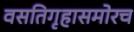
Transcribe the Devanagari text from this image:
वसतिगृहासमोरच